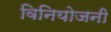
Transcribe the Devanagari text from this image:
विनियोजनी